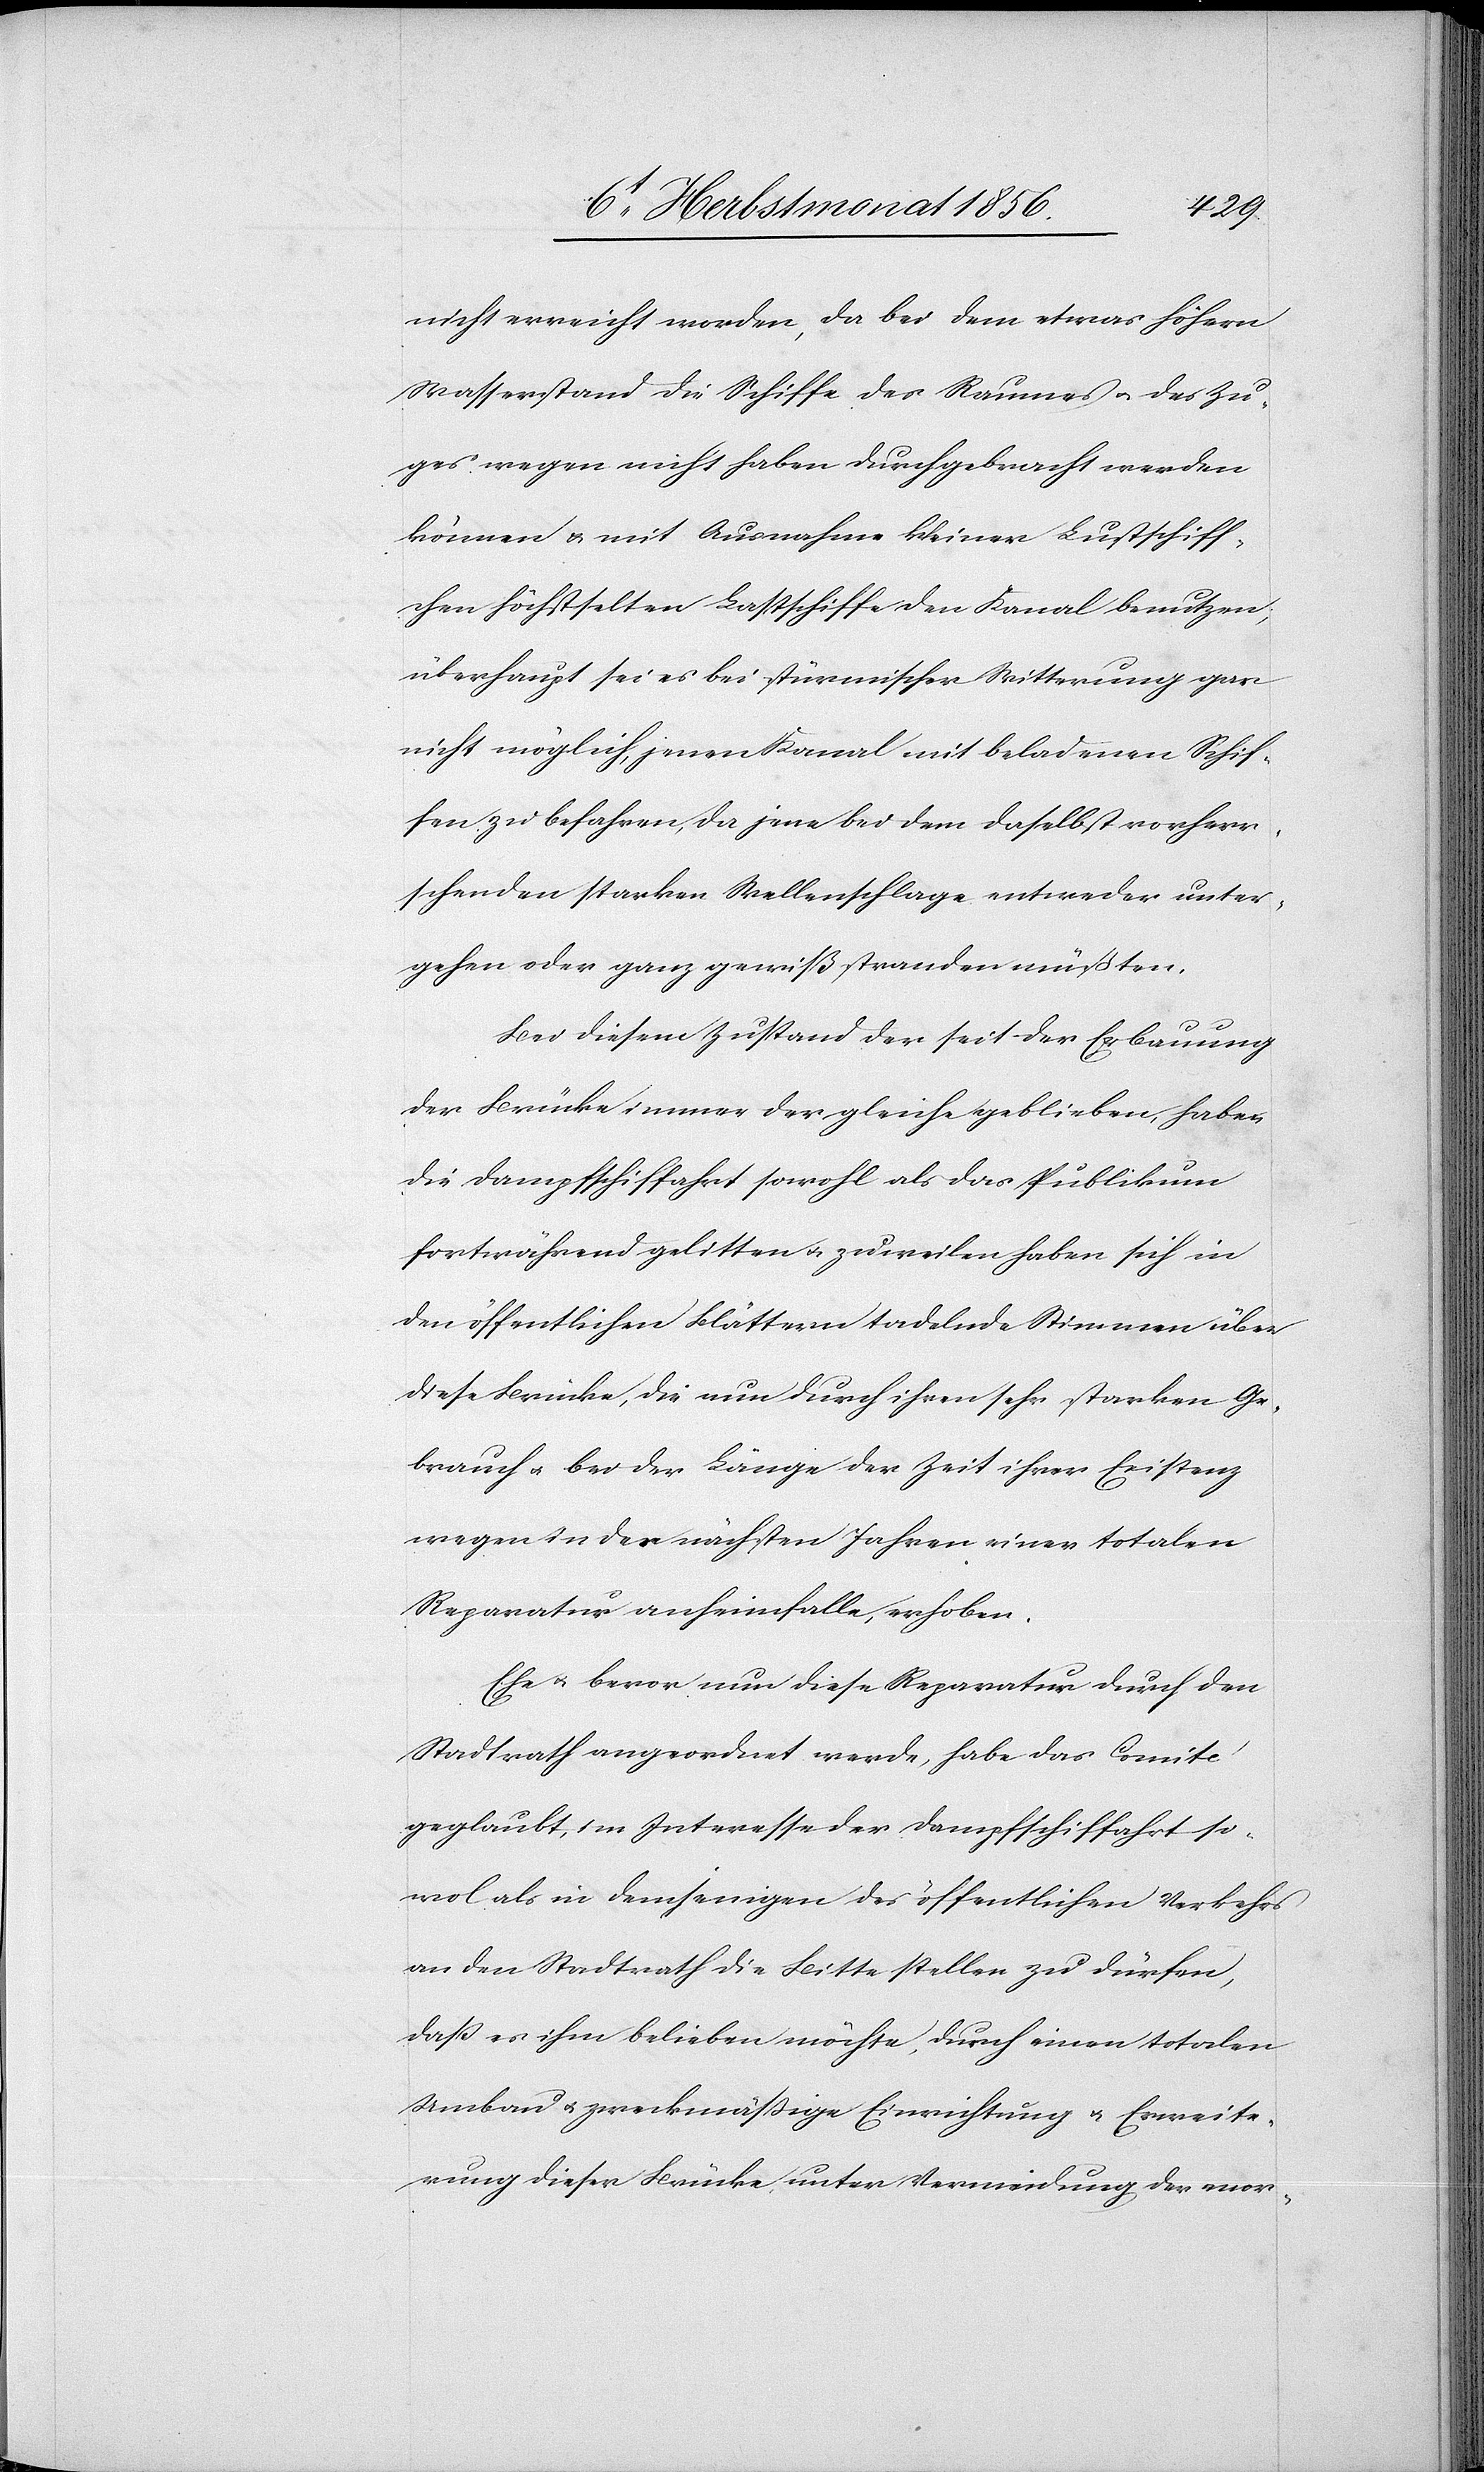
nicht erreicht worden, da bei dem etwas höhern
Wasserstand die Schiffe des Raumes u. des Zu¬
ges wegen nicht haben durchgebracht werden
können u. mit Ausnahme kleiner Lustschiff¬
chen höchstselten Lastschiffe den Kanal benutzen;
überhaupt sei es bei stürmischer Witterung gar
nicht möglich, jenen Kanal mit beladenen Schif¬
fen zu befahren, da jene bei dem daselbst vorherr¬
schenden starken Wellenschlage entweder unter¬
gehen oder ganz gewiß stranden müßten.
Bei diesem Zustand der seit der Erbauung
der Brücke immer der gleiche geblieben, haben
die Dampfschiffahrt sowohl als das Publikum
fortwährend gelitten u. zuweilen haben sich in
den öffentlichen Blättern tadelnde Stimmen über
diese Brücke, die nun durch ihren sehr starken Ge¬
brauch u. bei der Länge der Zeit ihrer Existenz
wegen in den nächsten Jahren einer totalen
Reparatur anheimfalle, erhoben.
Ehe u. bevor nun diese Reparatur durch den
Stadtrath angeordnet werde, habe das Comité
geglaubt, im Interesse der Dampfschiffahrt so¬
wol als in demjenigen des öffentlichen Verkehrs
an den Stadtrath die Bitte stellen zu dürfen,
dass es ihm belieben möchte, durch einen totalen
Umbau u. zweckmässige Einrichtung u. Erweite¬
rung dieser Brücke, unter Vermeidung der enor-